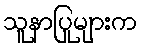
သူနာပြုများက